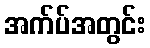
အက်ပ်အတွင်း